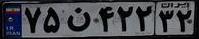
۷۵ن۴۲۲۳۲